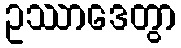
ဥဿာဒေတွာ